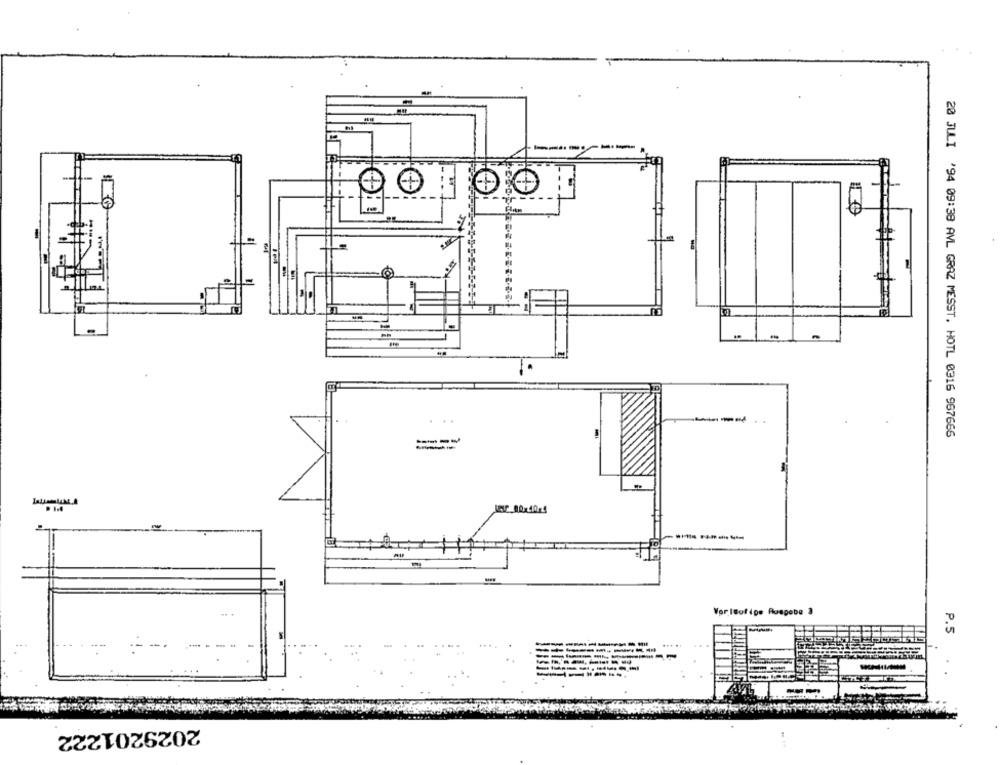
. ..
20 JULI '94 09:38 AVL GRAZ MESST. HOTL 0316 967666
-----
--
-
Worldofipe Ausgebe 3
P.5
----
2029201222